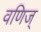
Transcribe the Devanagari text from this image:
वणिज्